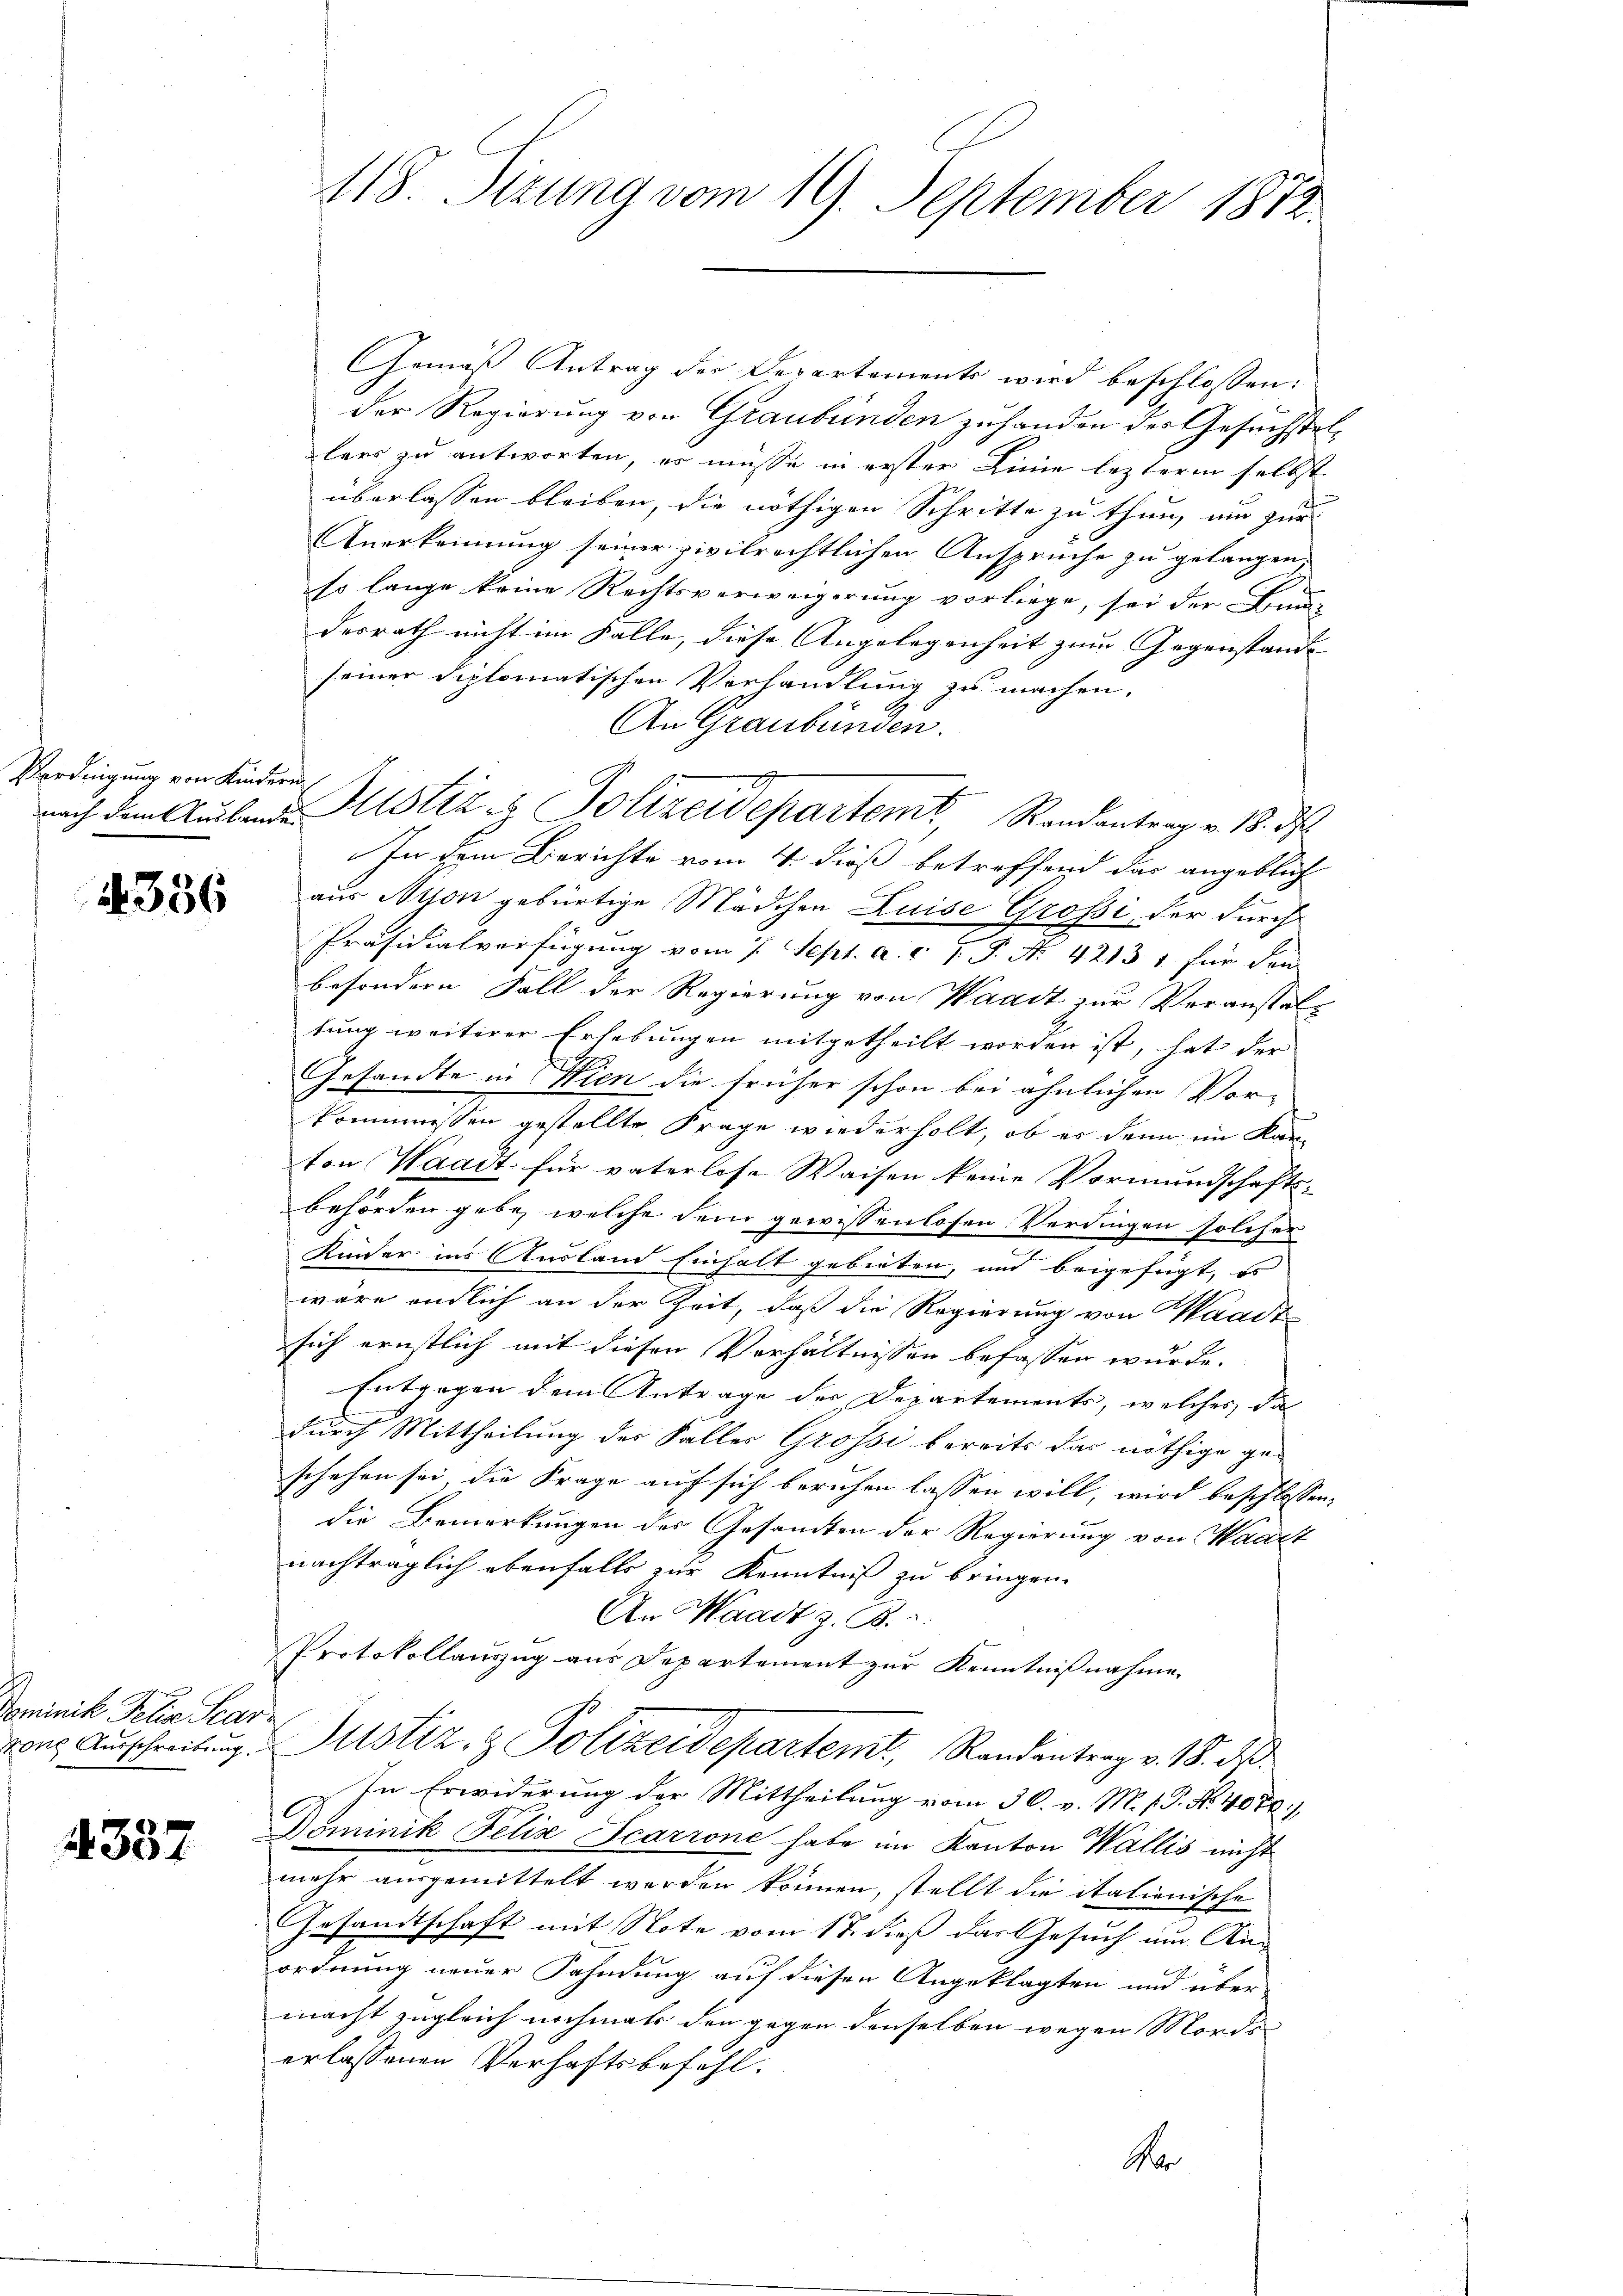
Verdingung von Kindern

4356

Dominik Felix Scar

4357

118. Setzung vom 19. September 1872

Gemäß Antrag der Departements wird beschlossen:
der Regierung von Graubünden zuhanden des Gesuchstellers zu antworten, es müsse in erster Linie lezterm selbst
überlassen bleiben, die nöthigen Schritte zu thun, um zur
Anerkennung seiner zivilrechtlichen Ansprüche zu gelangen.
so lange keine Rechtsverweigerung vorliege, sei der Bun-
desrath nicht im Falle, diese Angelegenheit zum Gegenstände
seiner diplomatischen Verhandlung zu machen.
An Graubünden.
E
nach dem Auslande Astiz & Polizeidepartem Randantrag v. 18. d
In dem Berichte vom 4. dieß betreffend das angeblich
aus Nyon gebürtige Mädchen Luise Grossi, der durch
Präsidialverfügung vom 1. Sept. a. c. J. J. N. 42131 für den
besondern Fall der Regierung von Waadt zur Veranstaltung weiterer Erhebungen mitgetheilt worden ist, hat der
Gesandte in Wien die früher schon bei ähnlichen Vor-
kommnissen gestellte Frage wiederholt, ob es denn im Kanton Waadt für vaterlose Waisen keine Vormundschafts-
behörden gebe, welche dem gewissenlosen Verdingen solcher
Kinder ins Ausland Einhalt gebieten, und beigefügt, es
wäre endlich an der Zeit, daß die Regierung von Waadt
sich ernstlich mit diesen Verhältnissen befassen wurde.
Entgegen dem Antrage der Departements, welcher, die
durch Mittheilung der Faller Grossi bereits das nöthige ge-
schehen sei die Frage auf sich beruhen lassen will, wird beschlossen,
die Bemerkungen des Gesamten der Regierung von Waadt
nachträglich ebenfalls zur Kenntniß zu bringen.
An Waadt z. B. 2.
Protokollauszug aus Departement zur Kenntnißnahme
vons Ausschreibung Altstiz & Polizeidepartemt, Randantrag v. 18. ds.
In Erwiderung der Mittheilung vom 30. v. M. 1. No. 407.)
Dominik Felix Scarrone habe im Kanton Wallis nicht
mehr ausgemittelt werden können, stellt die italienische
Gesandtschaft mit Note vom 17. dieß das Gesuch um An-
ordnung neuer Fahndung auf diesen Angeklagten und über-
macht zugleich nochmals den gegen denselben wegen Mords
erlassenen Verhaftsbefehl.
Nr